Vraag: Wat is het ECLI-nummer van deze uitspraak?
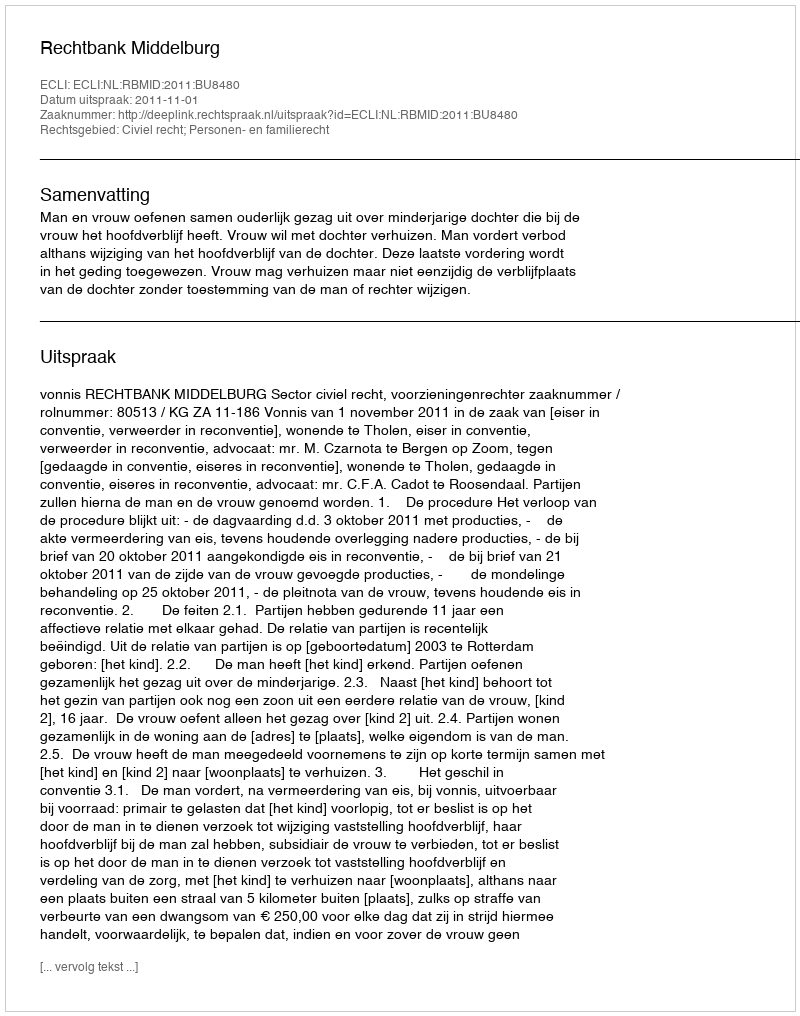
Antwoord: ECLI:NL:RBMID:2011:BU8480